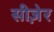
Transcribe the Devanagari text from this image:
सीज़ेर